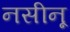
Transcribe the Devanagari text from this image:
नसीनू